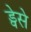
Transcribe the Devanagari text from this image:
ड्वेसे